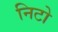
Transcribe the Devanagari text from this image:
निटो